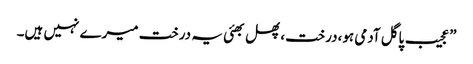
”عجیب پاگل آدمی ہو،درخت،پھل بھئی یہ درخت میرے نہیں ہیں۔